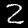
Label: 2